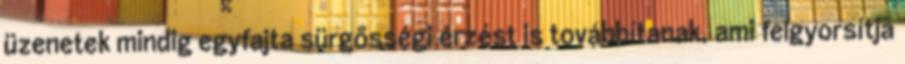
üzenetek mindig egyfajta sürgősségi érzést is továbbítanak, ami felgyorsítja